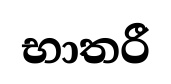
භාතරී